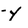
Character: Y